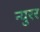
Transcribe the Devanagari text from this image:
न्युरर